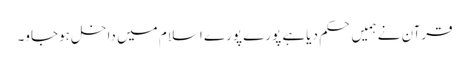
قرآن نے ہمیں حکم دیاہے پورے پورے اسلام میں داخل ہوجاو۔